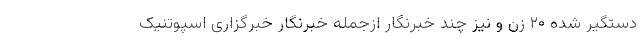
دستگیر شده ۲۰ زن و نیز چند خبرنگار ازجمله خبرنگار خبرگزاری اسپوتنیک